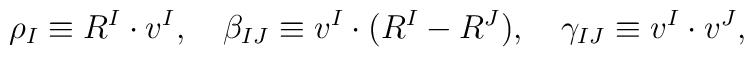
\rho_I\equiv R^I\cdot v^I,\quad\beta_{IJ}\equiv v^I\cdot(R^I-R^J),\quad\gamma_{IJ}\equiv v^I\cdot v^J,